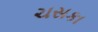
ચસકા